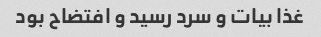
غذا بیات و سرد رسید و افتضاح بود